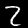
Digit: 2